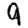
Digit: 9